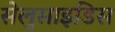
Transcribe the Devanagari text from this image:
सेलुसाइडिस